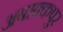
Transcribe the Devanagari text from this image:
अबाबकपुर